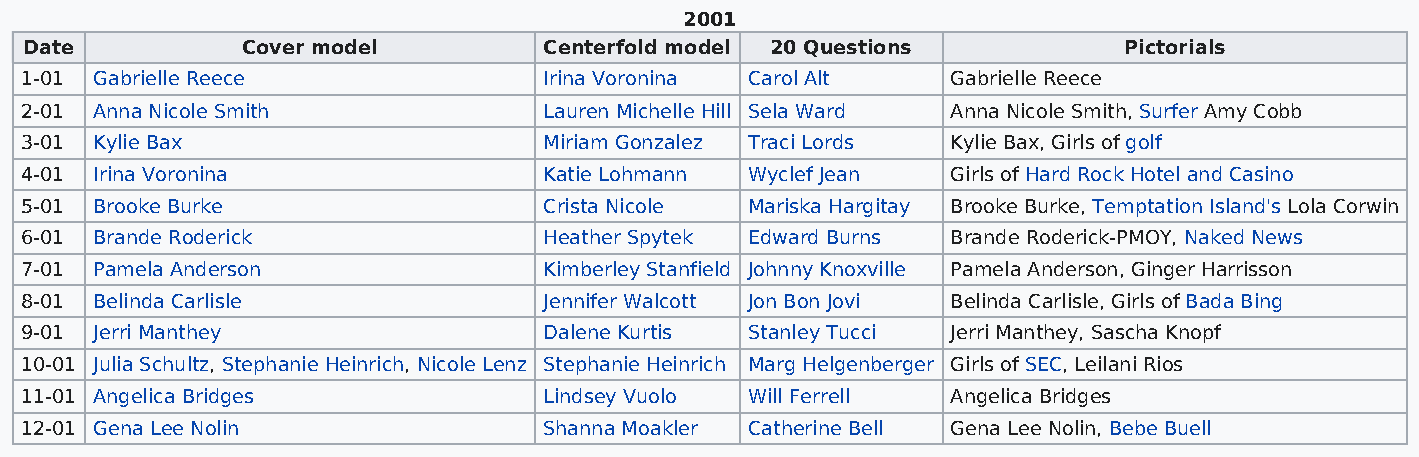
2001
 Date          Cover model         Centerfold model 20 Questions         Pictorials
 1-01 Gabrielle Reece               Irina Voronina Carol Alt   Gabrielle Reece
 2-01 Anna Nicole Smith             Lauren Michelle Hill Sela Ward Anna Nicole Smith, Surfer Amy Cobb
 3-01 Kylie Bax                     Miriam Gonzalez Traci Lords Kylie Bax, Girls of golf
 4-01 Irina Voronina                Katie Lohmann Wyclef Jean  Girls of Hard Rock Hotel and Casino
 5-01 Brooke Burke                  Crista Nicole Mariska Hargitay Brooke Burke, Temptation Island's Lola Corwin
 6-01 Brande Roderick               Heather Spytek Edward Burns Brande Roderick-PMOY, Naked News
 7-01 Pamela Anderson               Kimberley Stanfield Johnny Knoxville Pamela Anderson, Ginger Harrisson
 8-01 Belinda Carlisle              Jennifer Walcott Jon Bon Jovi Belinda Carlisle, Girls of Bada Bing
 9-01 Jerri Manthey                 Dalene Kurtis Stanley Tucci Jerri Manthey, Sascha Knopf
 10-01 Julia Schultz, Stephanie Heinrich, Nicole Lenz Stephanie Heinrich Marg Helgenberger Girls of SEC, Leilani Rios
 11-01 Angelica Bridges             Lindsey Vuolo Will Ferrell Angelica Bridges
 12-01 Gena Lee Nolin               Shanna Moakler Catherine Bell Gena Lee Nolin, Bebe Buell